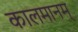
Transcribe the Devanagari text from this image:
कालमानम्